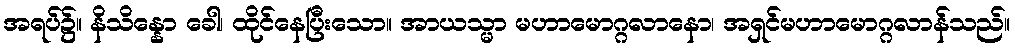
အရပ်၌။ နိသိန္နော ခေါ၊ ထိုင်နေပြီးသော။ အာယသ္မာ မဟာမောဂ္ဂလာနော၊ အရှင်မဟာမောဂ္ဂလာန်သည်။